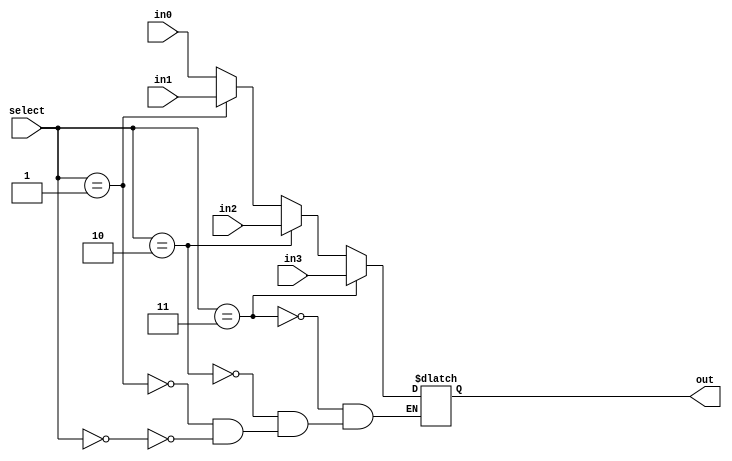
/*
Mux_4.v

Thomas Sowders

A 4-to-1 32-bit multiplexer
*/



/* 

Mux_4
Thomas Sowders

Forwards one of four inputs to output, based on the value of select signal

Inputs:
32-bit inputs in0, in1, in2, and in3.
2-bit input "select"

Outputs:
32-bit output "out"
*/

module Mux_4(in0, in1, in2, in3, select, out);
//Declare ports
input [31:0] in0, in1, in2, in3;
input[1:0] select;
output reg [31:0] out;


	//Whenever an input or select changes,
	//Choose the value of the appropriate input
	//and output it.
always @ (in0 or in1 or in2 or in3 or select)
begin
   if( select == 0)
      out = in0;

   if( select == 1)
      out = in1;

   if( select == 2)
      out = in2;

   if( select == 3)
      out = in3;
end

endmodule